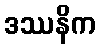
ဒဿနိက